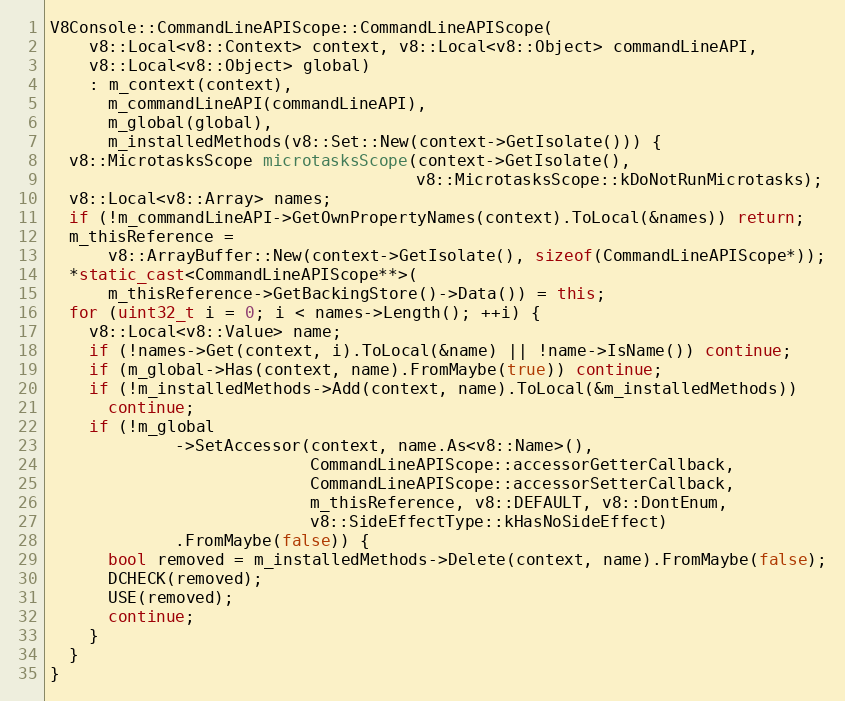
Language: C++
V8Console::CommandLineAPIScope::CommandLineAPIScope(
    v8::Local<v8::Context> context, v8::Local<v8::Object> commandLineAPI,
    v8::Local<v8::Object> global)
    : m_context(context),
      m_commandLineAPI(commandLineAPI),
      m_global(global),
      m_installedMethods(v8::Set::New(context->GetIsolate())) {
  v8::MicrotasksScope microtasksScope(context->GetIsolate(),
                                      v8::MicrotasksScope::kDoNotRunMicrotasks);
  v8::Local<v8::Array> names;
  if (!m_commandLineAPI->GetOwnPropertyNames(context).ToLocal(&names)) return;
  m_thisReference =
      v8::ArrayBuffer::New(context->GetIsolate(), sizeof(CommandLineAPIScope*));
  *static_cast<CommandLineAPIScope**>(
      m_thisReference->GetBackingStore()->Data()) = this;
  for (uint32_t i = 0; i < names->Length(); ++i) {
    v8::Local<v8::Value> name;
    if (!names->Get(context, i).ToLocal(&name) || !name->IsName()) continue;
    if (m_global->Has(context, name).FromMaybe(true)) continue;
    if (!m_installedMethods->Add(context, name).ToLocal(&m_installedMethods))
      continue;
    if (!m_global
             ->SetAccessor(context, name.As<v8::Name>(),
                           CommandLineAPIScope::accessorGetterCallback,
                           CommandLineAPIScope::accessorSetterCallback,
                           m_thisReference, v8::DEFAULT, v8::DontEnum,
                           v8::SideEffectType::kHasNoSideEffect)
             .FromMaybe(false)) {
      bool removed = m_installedMethods->Delete(context, name).FromMaybe(false);
      DCHECK(removed);
      USE(removed);
      continue;
    }
  }
}